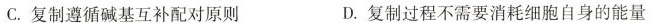
C.复制遵循碱基互补配对原则 D.复制过程不需要消耗细胞自身的能量